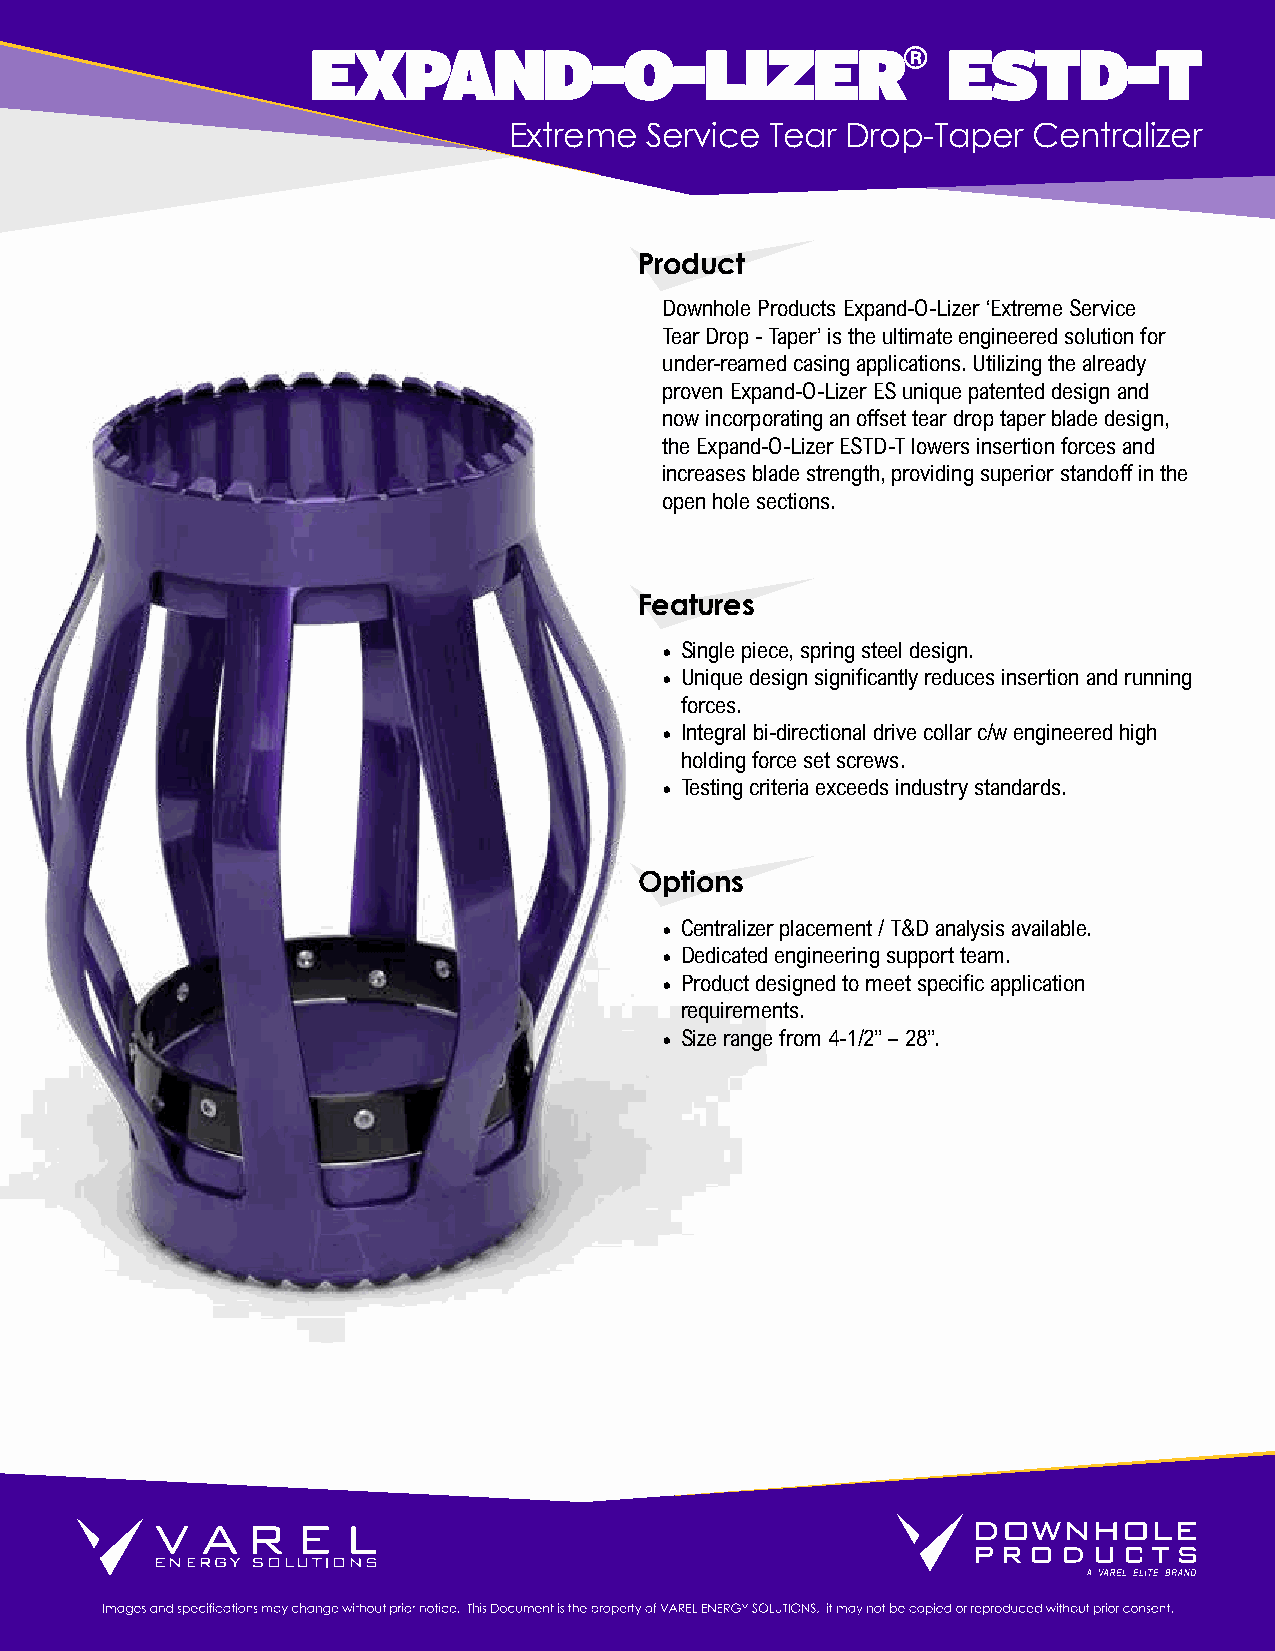
EXPAND-O-LIZER®                           ESTD-T
 Extreme  Service Tear Drop-Taper  Centralizer
 Product
 Downhole Products Expand-O-Lizer ‘Extreme Service
 Tear Drop - Taper’ is the ultimate engineered solution for
 under-reamed casing applications. Utilizing the already
 proven Expand-O-Lizer ES unique patented design and
 now incorporating an offset tear drop taper blade design,
 the Expand-O-Lizer ESTD-T lowers insertion forces and
 increases blade strength, providing superior standoff in the
 open hole sections.
 Features
 • Single piece, spring steel design.
 • Unique design significantly reduces insertion and running
 forces.
 • Integral bi-directional drive collar c/w engineered high
 holding force set screws.
 • Testing criteria exceeds industry standards.
 Options
 • Centralizer placement / T&D analysis available.
 • Dedicated engineering support team.
 • Product designed to meet specific application
 requirements.
 • Size range from 4-1/2” – 28”.